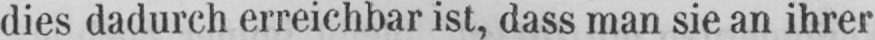
dies dadurch erreichbar ist, dass man sie an ihrer